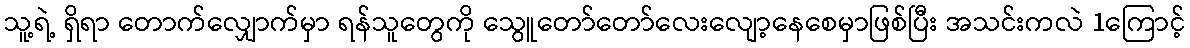
သူ့ရဲ့ ရှိရာ တောက်လျှောက်မှာ ရန်သူတွေကို သွေူတော်တော်လေးလျော့နေစေမှာဖြစ်ပြီး အသင်းကလဲ 1ကြောင့်